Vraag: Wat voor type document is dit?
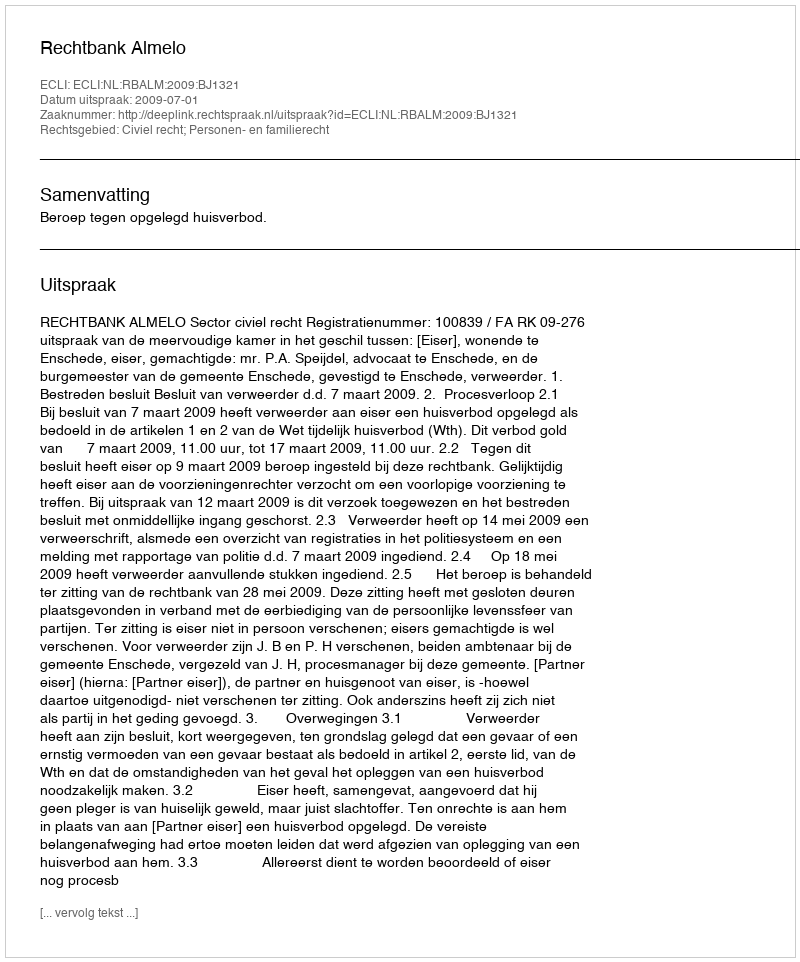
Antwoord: Uitspraak